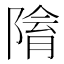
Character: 𨻔